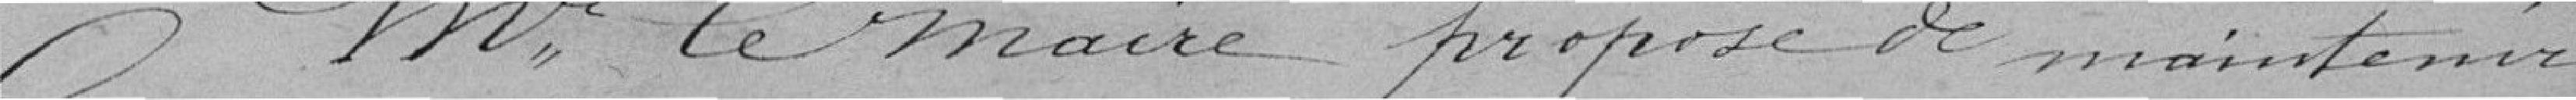
Monsieur le Maire propose de maintenir